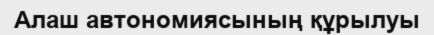
Алаш автономиясының құрылуы